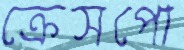
ক্রেসপো